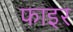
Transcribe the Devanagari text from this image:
फाइर